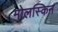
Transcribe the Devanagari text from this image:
मोलस्किन